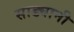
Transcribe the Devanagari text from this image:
साड्यानी